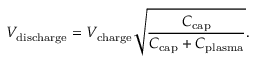
V _ { \mathrm { d i s c h a r g e } } = V _ { \mathrm { c h a r g e } } \sqrt { \frac { C _ { \mathrm { c a p } } } { C _ { \mathrm { c a p } } + C _ { \mathrm { p l a s m a } } } } .